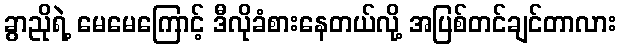
ခွာညိုရဲ့ မေမေကြောင့် ဒီလိုခံစားနေတယ်လို့ အပြစ်တင်ချင်တာလား